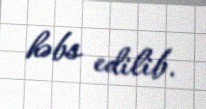
həbs edilib.